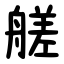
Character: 艖